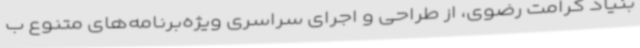
بنیاد کرامت رضوی، از طراحی و اجرای سراسری ویژه‌برنامه‌های متنوع ب